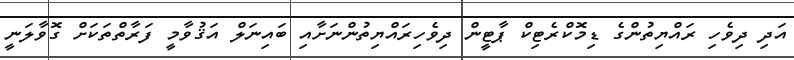
އަދި ދިވެހި ރައްޔިތުންގެ ޑިމޮކްރެޓިކް ޕާޓީން ދިވެހިރައްޔިތުންނަށާއި ބައިނަލް އަޤުވާމީ ފަރާތްތަކަށް ގޮވާލަނީ